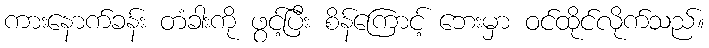
ကားနောက်ခန်း တံခါးကို ဖွင့်ပြီး စိန်ကြောင့် ဘေးမှာ ဝင်ထိုင်လိုက်သည်။